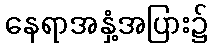
နေရာအနှံ့အပြား၌